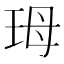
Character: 𭹃